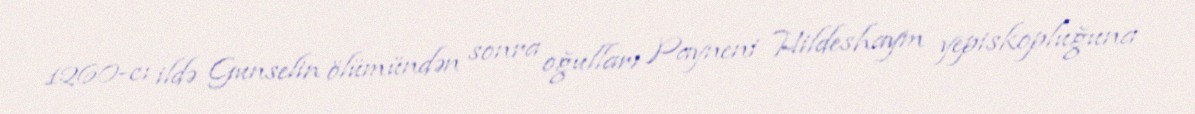
1260-cı ildə Gunselin ölümündən sonra oğulları Payneni Hildeshaym yepiskopluğuna